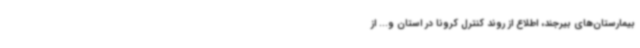
بیمارستان‌های بیرجند، اطلاع از روند کنترل کرونا در استان و... از